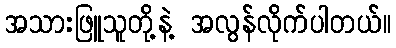
အသားဖြူသူတို့နဲ့ အလွန်လိုက်ပါတယ်။